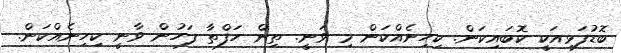
ބޮޑުފަޅިއަކީ ކޮބައިކަން. ކިހިނެއްކަން މި ވަނީ. ތިން ހަފްތާ ފަހުން ވާނީ ކިހިނެއްކަން.